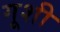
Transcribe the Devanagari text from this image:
गूशी